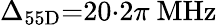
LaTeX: \Delta_{55\mathrm{D}}{=}20{\cdot}2\pi\ \mathrm{MHz}